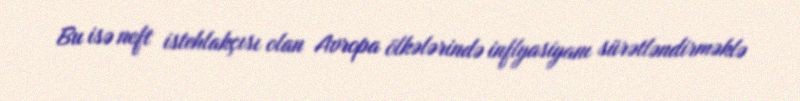
Bu isə neft istehlakçısı olan Avropa ölkələrində inflyasiyanı sürətləndirməklə